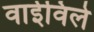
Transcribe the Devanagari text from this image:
वाईविले